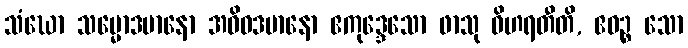
သံဃော သမ္မောဒမာနော အဝိဝဒမာနော ဧကုဒ္ဒေသော ဖာသု ဝိဟရတီတိ, ဧဝဉ္စ သော